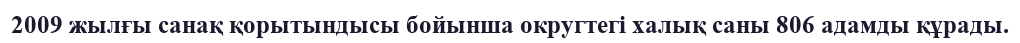
2009 жылғы санақ қорытындысы бойынша округтегі халық саны 806 адамды құрады.